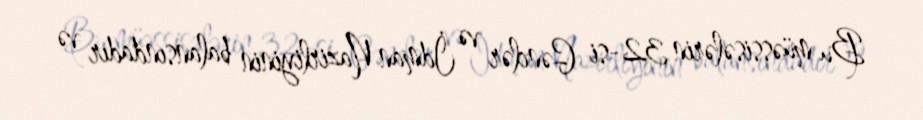
Bu müəssisələrin 32-si Gənclər və İdman Nazirliyinin balansındadır və